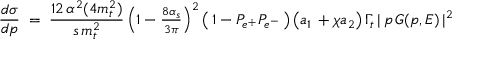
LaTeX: { \frac { d \sigma } { d p } } \; = \; { \frac { 1 2 \, \alpha ^ { 2 } ( 4 m _ { t } ^ { 2 } ) } { s \, m _ { t } ^ { 2 } } } \, { \textstyle \left( 1 - { \frac { 8 \alpha _ { s } } { 3 \pi } } \right) ^ { 2 } } \left( \, 1 - P _ { e ^ { + } } P _ { e ^ { - } } \, \right) \left( a _ { 1 } \, + \chi a _ { 2 } \right) \Gamma _ { t } \, | \, p \, G ( p , E ) \, | ^ { 2 }